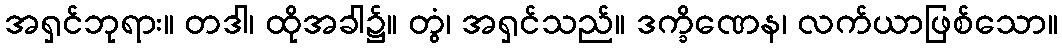
အရှင်ဘုရား။ တဒါ၊ ထိုအခါ၌။ တွံ၊ အရှင်သည်။ ဒက္ခိဏေန၊ လက်ယာဖြစ်သော။